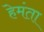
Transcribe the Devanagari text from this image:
हेमंता